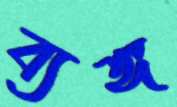
ব্যঙ্গ